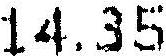
14.35